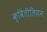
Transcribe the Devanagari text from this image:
क्विंतीलियन